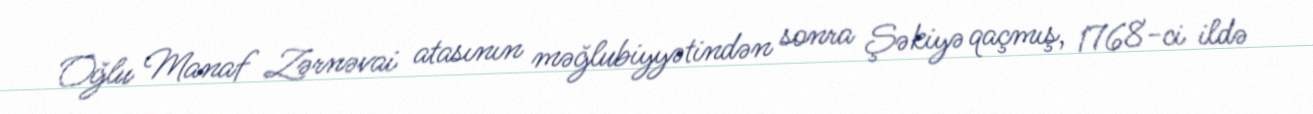
Oğlu Manaf Zərnəvai atasının məğlubiyyətindən sonra Şəkiyə qaçmış, 1768-ci ildə